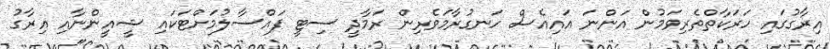
އިރާގުގައި ހަރަކާތްތެރިވަމުން އަންނަ އައިއެސް ހަނގުރާމަވެރިން ރަމާދީ ސިޓީ ފައްސާލުމަށްޓަކައި ޝީއީންނާއި އިރާގު